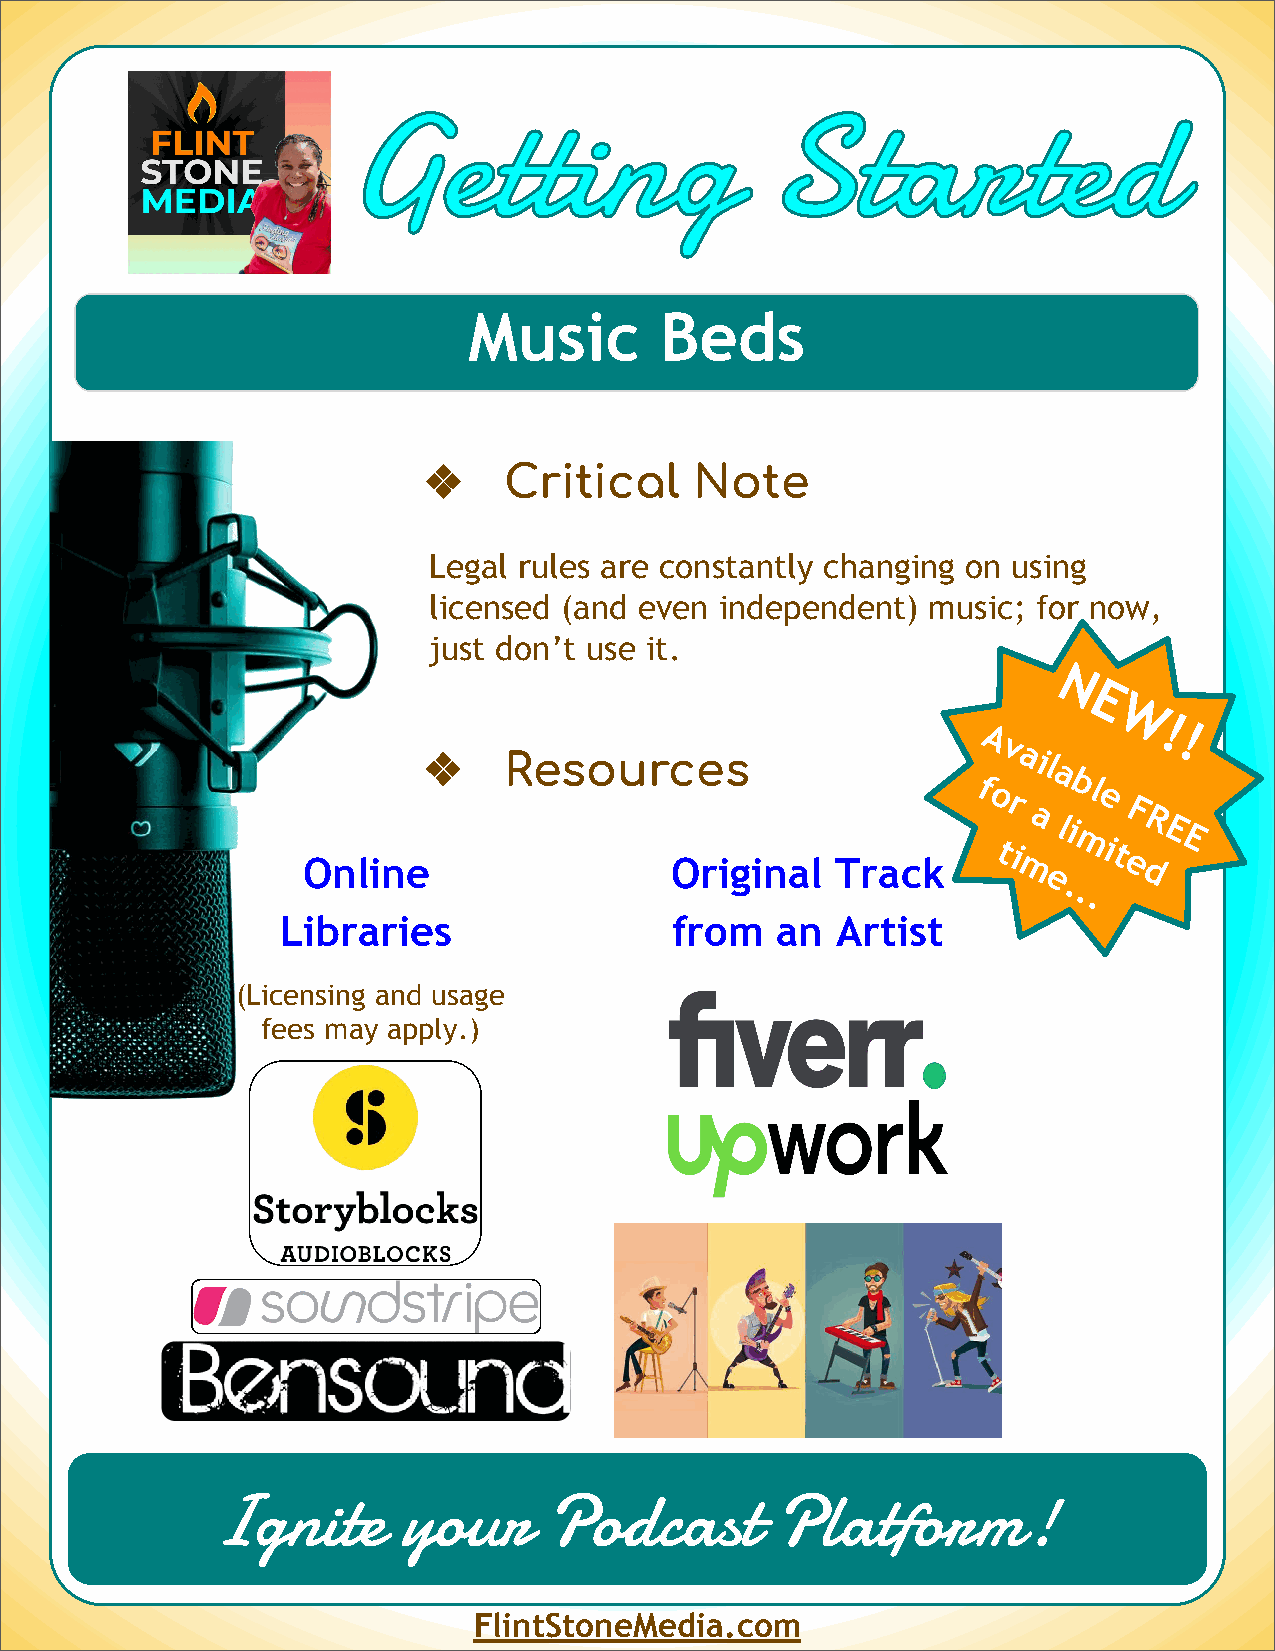
Music        Beds
 ❖    Critical     Note
 Legal rules are constantly changing on using
 licensed (and even  independent) music;  for now,
 just don’t use it.
 N
 E
 W
 !
 A           !
 v
 ❖    Resources                         ail
 a
 f      bl
 o
 r
 a li
 e
 F R E
 ti
 mit    E
 Online                  Original   Track       m e... e d
 Libraries                from   an  Artist
 (Licensing and usage
 fees may apply.)
 Ignite       your     Podcast        Platform!
 FlintStoneMedia.com